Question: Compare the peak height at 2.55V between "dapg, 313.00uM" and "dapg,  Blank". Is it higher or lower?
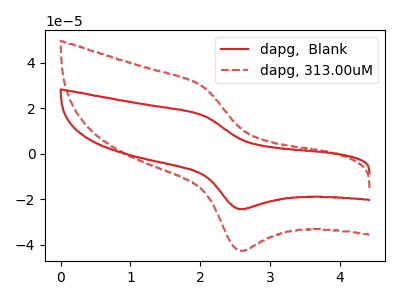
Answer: <think>The red curve "dapg,  Blank" has an anodic peak at (2.05V, 16.55uA) and a cathodic peak at (2.55V, -24.30uA). The red dashed curve "dapg, 313.00uM" has an anodic peak at (2.05V, 29.05uA) and a cathodic peak at (2.55V, -42.60uA).</think>
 <answer>The peak at 2.55V is higher in "dapg, 313.00uM" than in "dapg,  Blank".</answer>
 <eval>higher</eval>